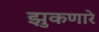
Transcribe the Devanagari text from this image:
झुकणारे